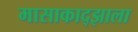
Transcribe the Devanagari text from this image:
मासाकाद्झाला